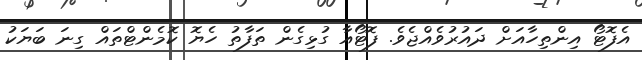
އެފޮޓޯ އިންތިހާއަށް ދައުރުވެއްޖެވެ. ފޮޓޯއާ ގުޅިގެން ތަފާތު ހެޔޮ ކޮމެންޓްތައް ގިނަ ބަޔަކު